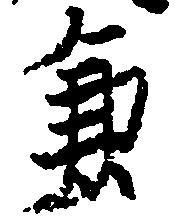
兼